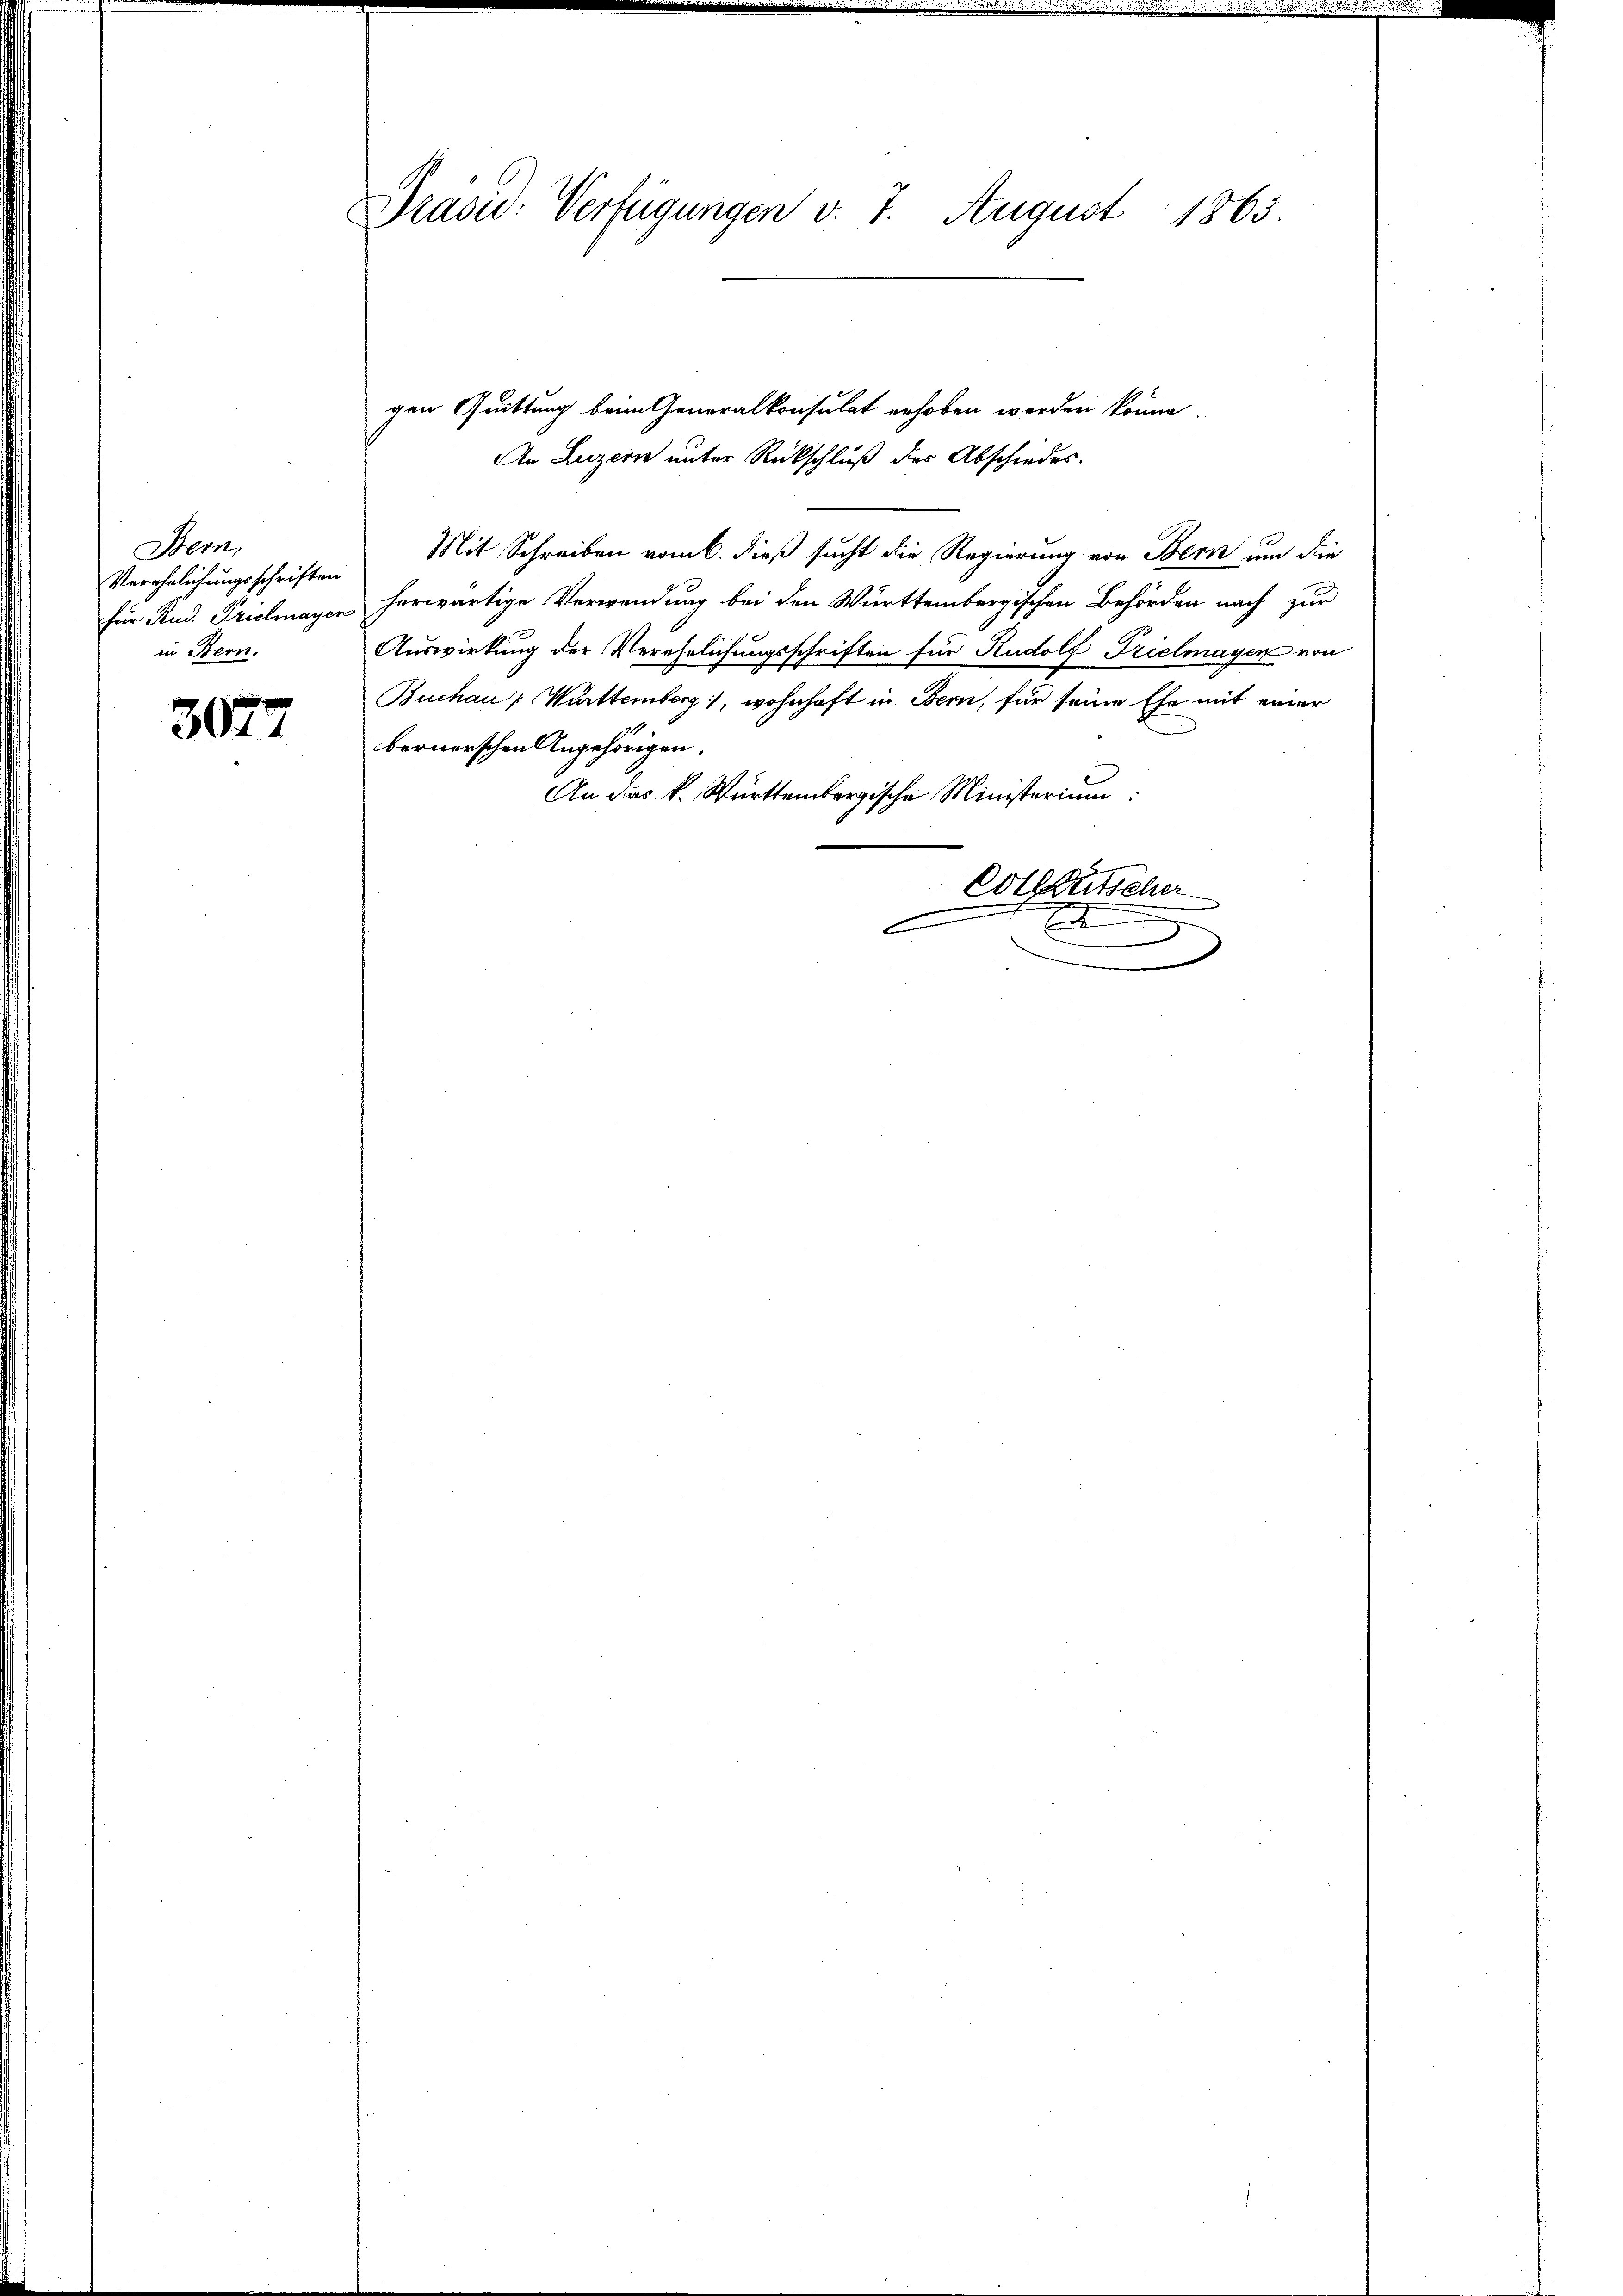
Bern,
Verehelichungsschriften
für Rud. Prielmayer
in Bern.

3077

Präsid. Verfügungen v. 7. August 1863.

gen Quittung beim Generalkonsulat erhoben werden könne.
An Luzern unter Rückschluß des Abschiedes.
Mit Schreiben vom 6. dieß sucht die Regierung von Bern um die
herwärtige Verwendung bei den Württembergischen Behörden nach zur
Auswirkung der Verehelichungsschriften für Rudolf Trielmayer von
Buchau, Württemberg), wohnhaft in Bern, für seine Ehe mit einer
bernerschen Angehörigen.
An das k. Württembergische Ministerium
Colleutscher
22
n